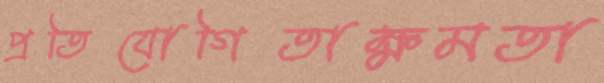
প্রতিযোগিতাক্ষমতা